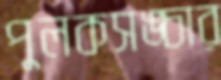
পুলকসঙ্চার